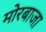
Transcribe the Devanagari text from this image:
मोरबाजा